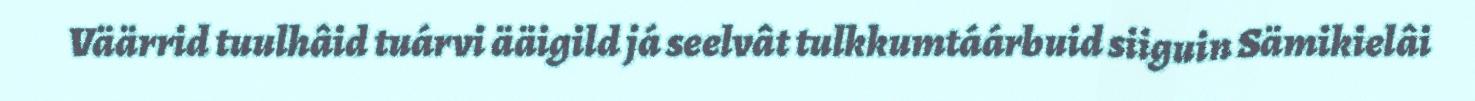
Väärrid tuulhâid tuárvi ääigild já seelvât tulkkumtáárbuid siiguin Sämikielâi